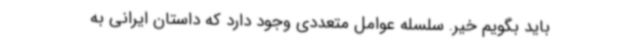
باید بگویم خیر. سلسله عوامل متعددی وجود دارد ‌که داستان ایرانی به